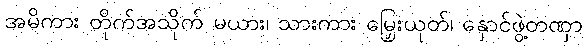
အမိကား တိုက်အသိုက် မယား၊ သားကား မြှေးယုတ်၊ နှောင်ဖွဲ့တဏှာ